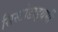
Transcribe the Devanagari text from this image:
सिस्टोडाइथर्मी